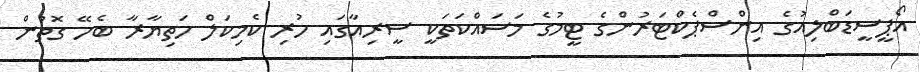
އޯޕީސީޑަބްލިއުގެ އިންސްޕެކްޓަރުންގެ ޓީމުގެ މަސައްކަތަކީ ސީރިއާގައި ހުރި ކެމިކަލް ހަތިޔާރާ ބެހޭ ގޮތުން